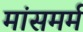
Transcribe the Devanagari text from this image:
मांसमर्म